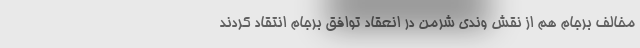
مخالف برجام هم از نقش وندی شرمن در انعقاد توافق برجام انتقاد کردند